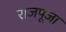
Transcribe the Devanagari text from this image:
राजपूजा